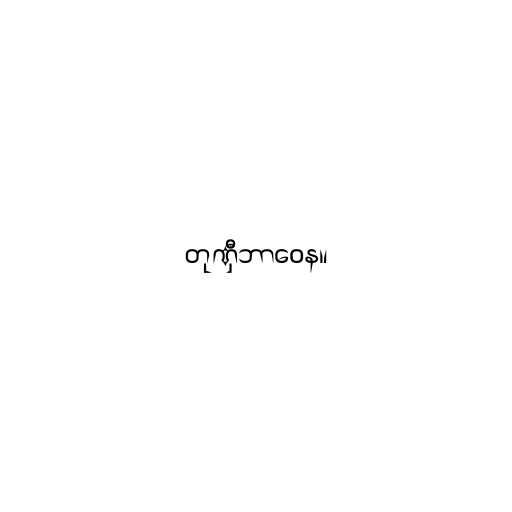
တုဏှီဘာဝေန။